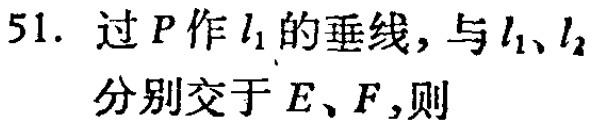
51. 过 \(P\) 作 \(l_{1}\) 的垂线，与 \(l_{1}\)、\(l_{2}\) 分别交于 \(E\)、\(F\)，则